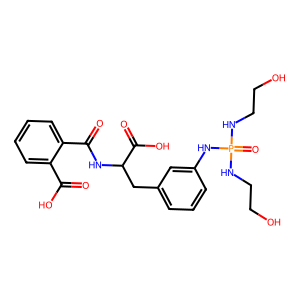
SMILES: O=C(O)c1ccccc1C(=O)NC(Cc1cccc(NP(=O)(NCCO)NCCO)c1)C(=O)O
Inhibits HIV replication: Yes